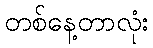
တစ်နေ့တာလုံး